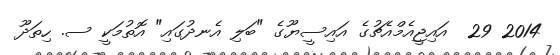
2014 29  އައިޖީއެމްއެޗުގެ އައިސީޔޫގެ "ބަލި އެނދުގައި" އޮތުމަކީ ސ. ހިތަދޫ